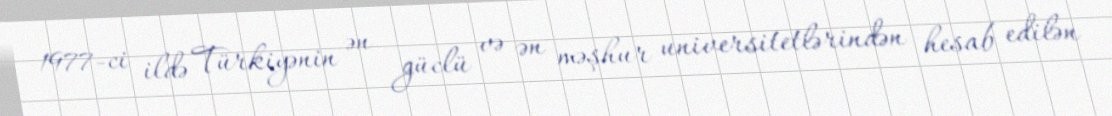
1977-ci ildə Türkiyənin ən güclü və ən məşhur universitetlərindən hesab edilən